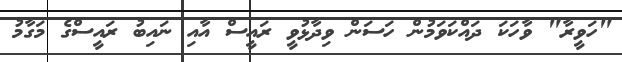
"ހަވީރާ" ވާހަކަ ދައްކަވަމުން ހަސަން ވިދާޅުވީ ރައީސް އާއި ނައިބު ރައީސްގެ މަގާމު